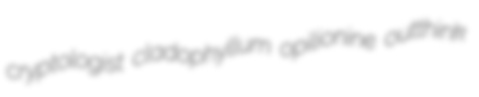
cryptologist cladophyllum opilionine outthink